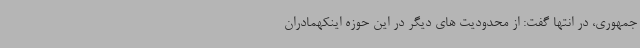
جمهوری، در انتها گفت: از محدودیت های دیگر در این حوزه اینکهمادران